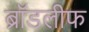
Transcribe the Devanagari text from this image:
ब्रॉडलीफ